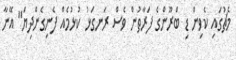
މެޗުގައި ކެވިން ޑި ބްރޫންގެ ފަރާތުން ވެސް ރަނގަޅު ކުޅުމެއް ފެނިގެންދިޔަ" އޭނާ